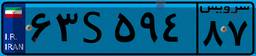
۶۳S۵۹۴۸۷